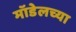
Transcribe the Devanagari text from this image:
मॉडेलच्या